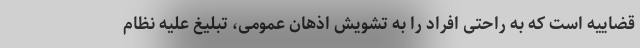
قضاییه است که به راحتی افراد را به تشویش اذهان عمومی، تبلیغ علیه نظام